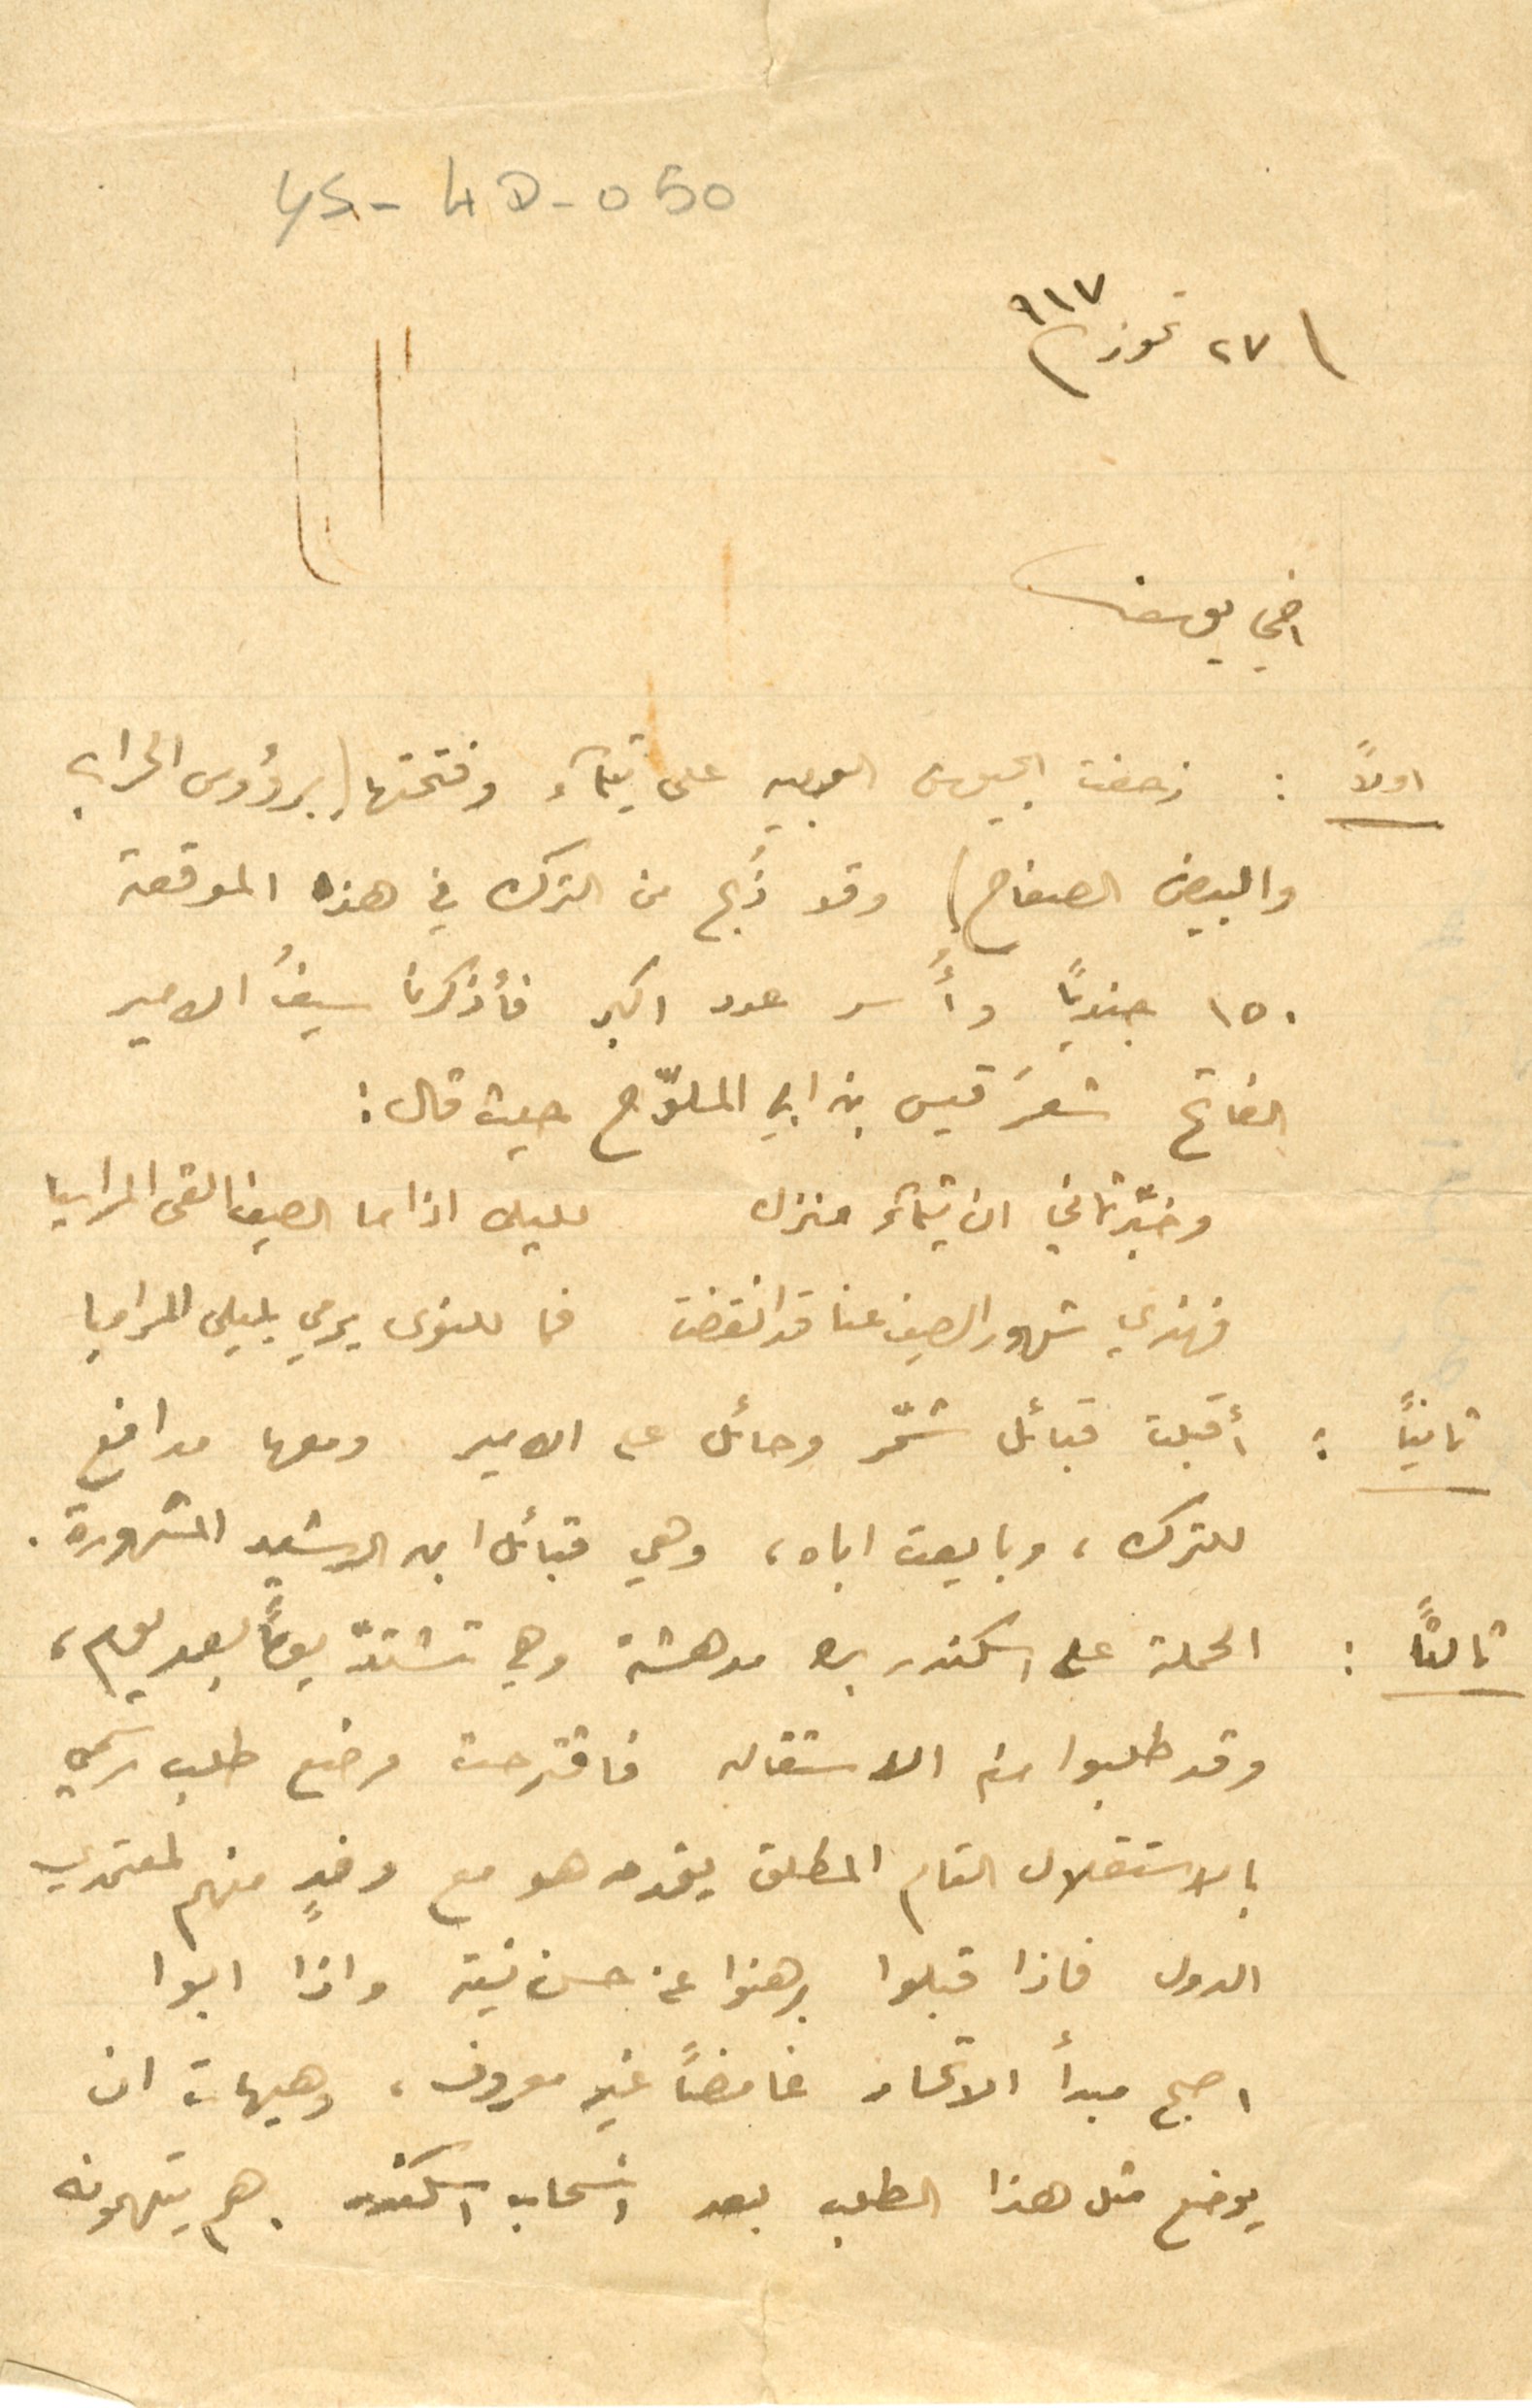
٢٧ تموز /٩١٧
YS-4D-05٠
اخي يوسف
اولاً: زحفت الجيوش العربية على تيماء وفتحتها برؤوس الحراب
والبيض الصفاح، وقد ذَبح من الترك في هذه الموقعة
١٥٠ جنديًا وأُسر عدد اكبر فأذكرنا سيفُ الامير
الفاتح شعرَ قيس بن ابي الملوّح حيث قال:
وخبَّرتماني ان تيماءَ منزل لليلى اذا ما الصيف القى المراسيا
فهذي شهور الصيف عنا قد انقضت فما للنوى يرمي بليلى المراميا
ثانيًا: أَقبلت قبائل شمّر وحائل على الامير ومعها مدافع
للترك ، وبايعت اباه، وهي قبائل ابى الرشيد المشهورة.
ثالثًا: الحملة على اسكندر بك مدهشة وهي تشتد يومًا بعد يوم،
وقد طلبوا منه الاستقاله فاقترحت وضع طلب رسمي
بالاستقلال التام المطلق يقدمه هو مع وفدٍ منهم لمعتمدي
الدول فاذا قبلوا برهنوا عن حسن نية واذا ابوا
اصبح مبدأ الاتحاد غامضًا غير معروف، وهيهات ان
يوضع مثل هذا الطلب بعد انسحاب اسكندر هم يتهمونه